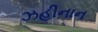
ઝહીનાન